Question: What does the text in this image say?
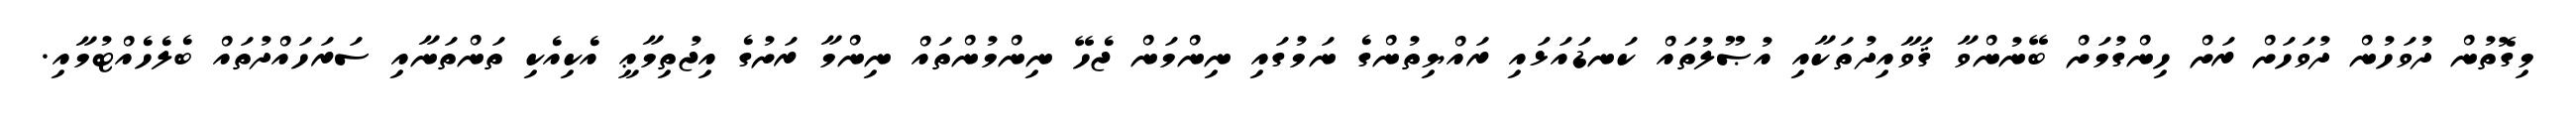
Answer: މިގޮތުން ދުވަހުން ދުވަހަށް ރަށް ހިންގުމަށް ބޭނުންވާ ޤަވާއިދުތަކާއި އުޞޫލުތައް ކަނޑައަޅައި ރައްޔިތުންގެ ނަމުގައި ނިންމަން ޖެހޭ ނިންމުންތައް ނިންމާ ރަށުގެ އިޖުތިމާޢީ އެކިއެކި ތަންތަނާއި ސަރަހައްދުތައް ބެލެހެއްޓުމާއި.